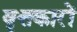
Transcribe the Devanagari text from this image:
वृत्तकारों